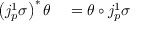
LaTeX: \begin{array} { r l } { \left( j _ { p } ^ { 1 } \sigma \right) ^ { * } \theta } & { { } = \theta \circ j _ { p } ^ { 1 } \sigma } \end{array}